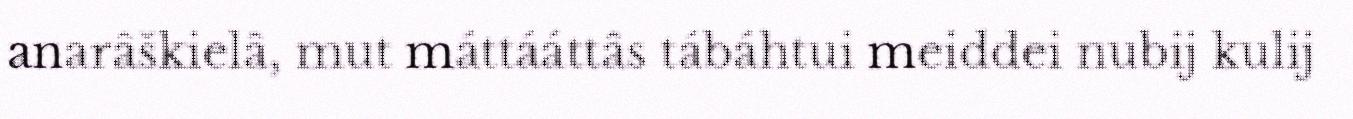
anarâškielâ, mut máttááttâs tábáhtui meiddei nubij kulij